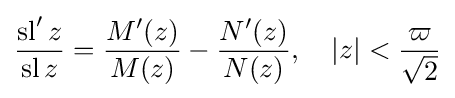
{\frac {\operatorname {sl} 'z}{\operatorname {sl} z}}={\frac {M'(z)}{M(z)}}-{\frac {N'(z)}{N(z)}},\quad \left|z\right|<{\frac {\varpi }{\sqrt {2}}}